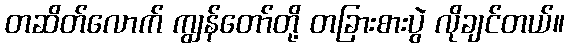
တဆိတ်လောက် ကျွန်တော်တို့ တခြားစားပွဲ လိုချင်တယ်။